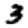
Digit: 3